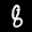
Label: 8